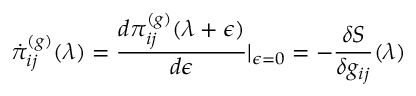
\dot { \pi } _ { i j } ^ { ( g ) } ( \lambda ) = \frac { d \pi _ { i j } ^ { ( g ) } ( \lambda + \epsilon ) } { d \epsilon } \vert _ { \epsilon = 0 } = - \frac { \delta S } { \delta g _ { i j } } ( \lambda )